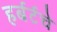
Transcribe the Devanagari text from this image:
हर्बर्टचे